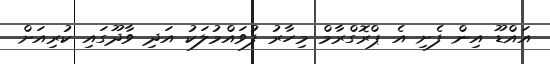
އައްޑޫ އިން ފެށި އެ ޕްރޮގްރާމް މިހާރު ފުވައްމުލަކު އަދި ވާދޫގައި ކުރިއަށް